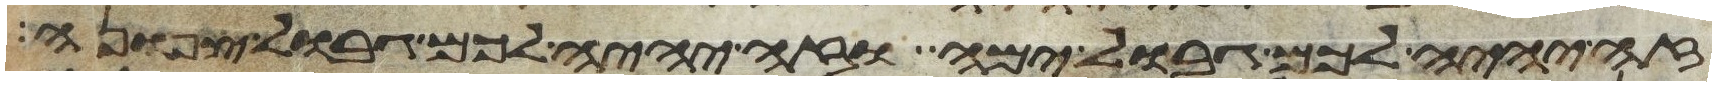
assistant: זה יהיה לכם גבול ימה וזה יהיה לכם גבול צפונה